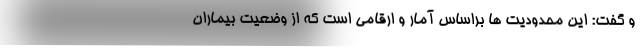
و گفت: این محدودیت ها براساس آمار و ارقامی است که از وضعیت بیماران